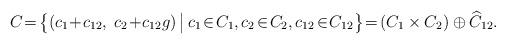
LaTeX: \begin{align*} C\!=\!\big\{(c_1\!+\!c_{12},\;c_2\!+\!c_{12}g)\,\big|\, c_1\!\in\! C_1, c_2\!\in\! C_2, c_{12}\!\in\! C_{12}\big\}\!=\!(C_1\times C_2)\oplus \widehat C_{12}.\end{align*}